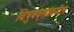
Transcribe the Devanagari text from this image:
विषुववृतावरील